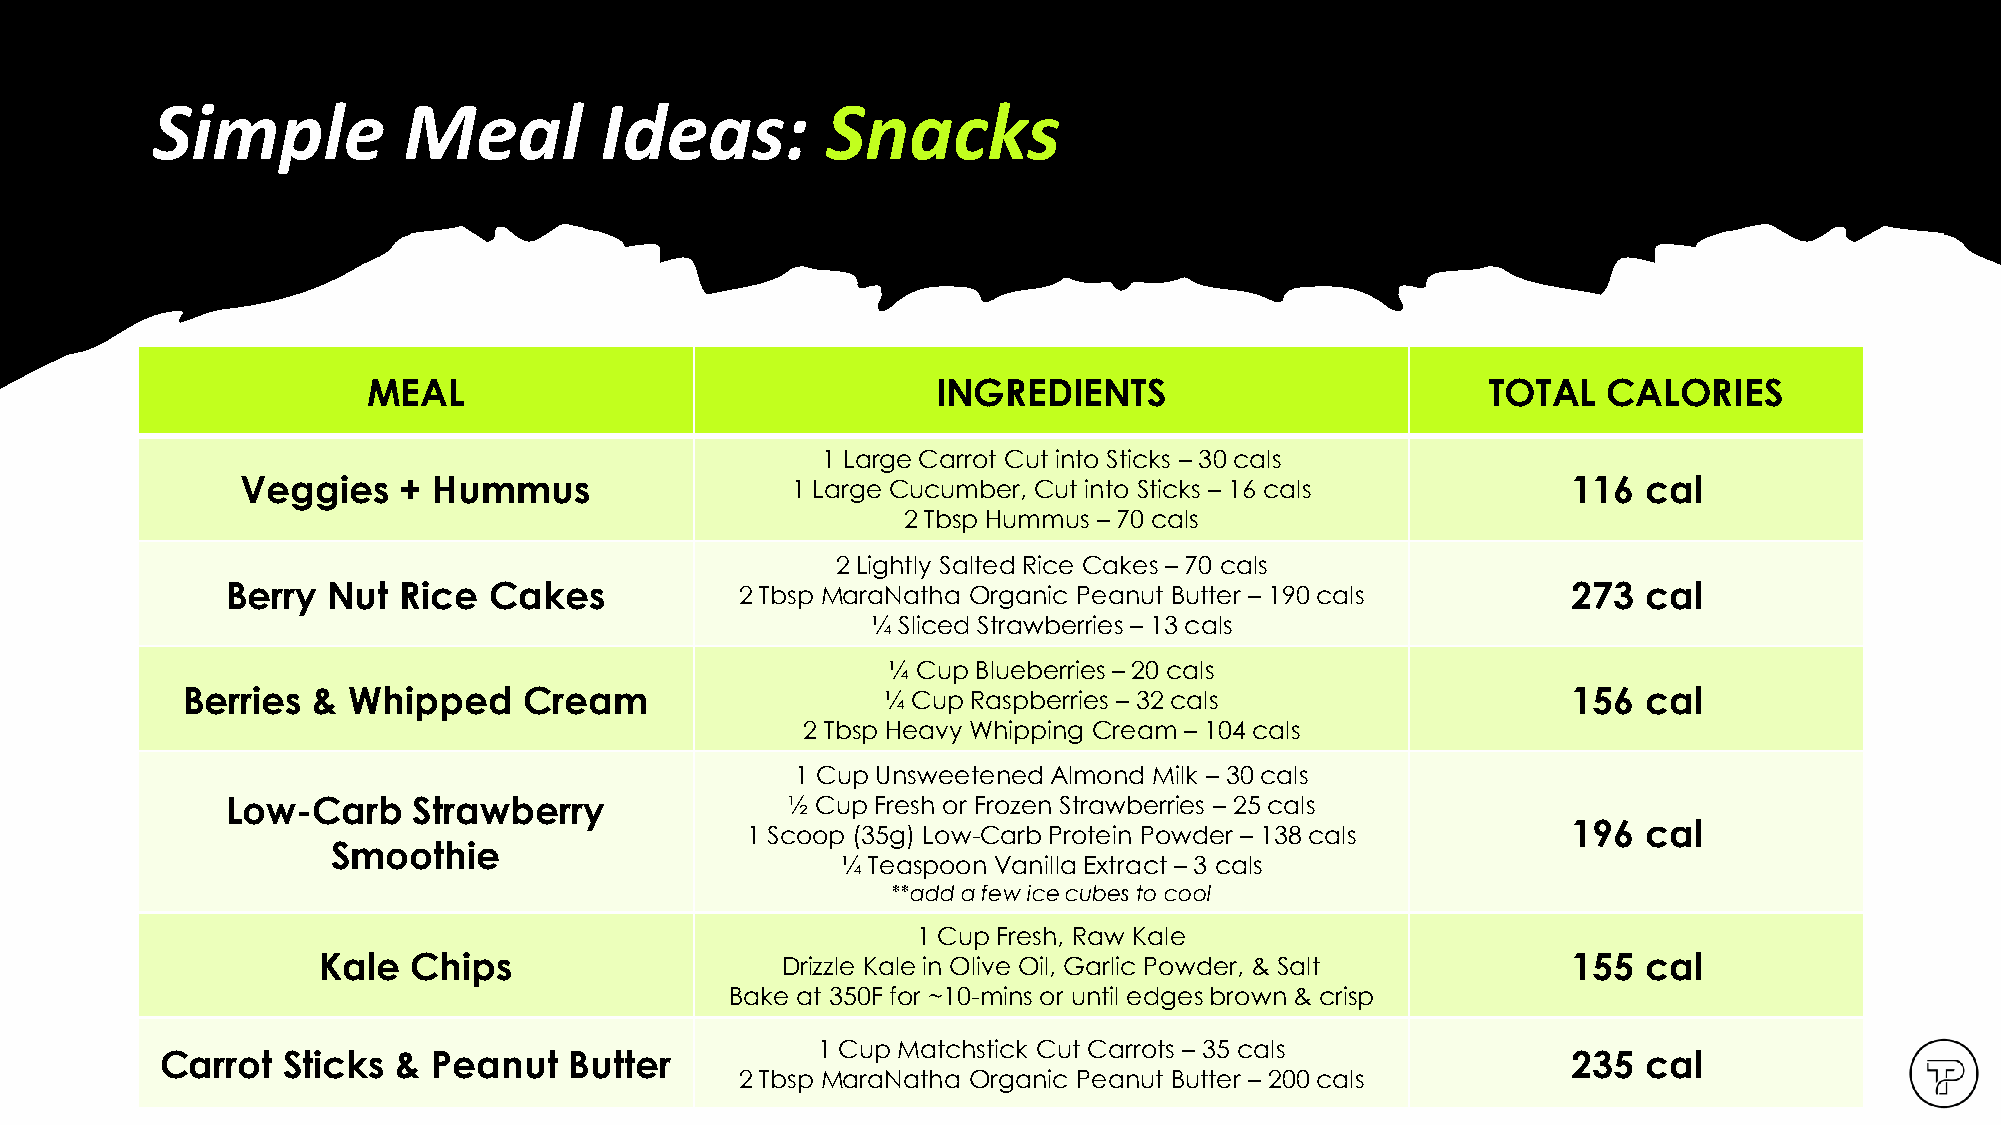
Copyright TenpowFitness Ltd. Co.
 Simple           Meal         Ideas:         Snacks
 MEAL                                  INGREDIENTS                          TOTAL  CALORIES
 1 Large Carrot Cut into Sticks – 30 cals
 Veggies   +  Hummus                 1 Large Cucumber, Cut into Sticks – 16 cals         116  cal
 2 Tbsp Hummus – 70 cals
 2 Lightly Salted Rice Cakes – 70 cals
 Berry  Nut Rice  Cakes            2 Tbsp MaraNatha Organic Peanut Butter – 190 cals      273  cal
 ¼ Sliced Strawberries – 13 cals
 ¼ Cup Blueberries – 20 cals
 Berries  & Whipped     Cream                   ¼ Cup Raspberries – 32 cals                  156  cal
 2 Tbsp Heavy Whipping Cream – 104 cals
 1 Cup Unsweetened Almond Milk – 30 cals
 Low-Carb    Strawberry               ½ Cup Fresh or Frozen Strawberries – 25 cals
 196  cal
 1 Scoop (35g) Low-Carb Protein Powder – 138 cals
 Smoothie
 ¼ Teaspoon Vanilla Extract – 3 cals
 **add a few ice cubes to cool
 1 Cup Fresh, Raw Kale
 Kale  Chips                    Drizzle Kale in Olive Oil, Garlic Powder, & Salt    155  cal
 Bake at 350F for ~10-mins or until edges brown & crisp
 1 Cup Matchstick Cut Carrots – 35 cals
 Carrot  Sticks &  Peanut   Butter                                                            235  cal
 2 Tbsp MaraNatha Organic Peanut Butter – 200 cals